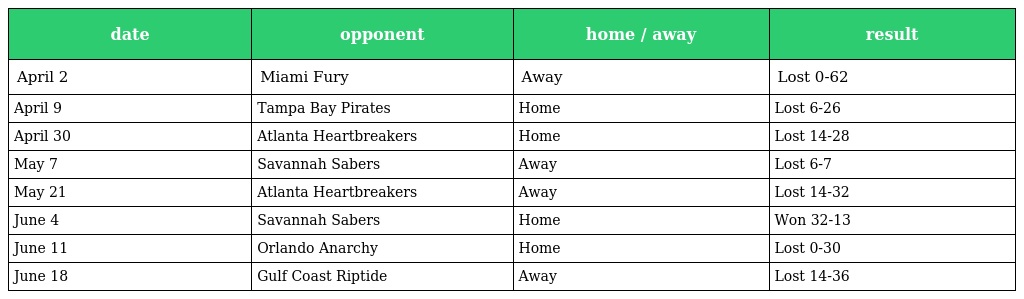
| date | opponent | home / away | result |
 | --- | --- | --- | --- |
 | April 2 | Miami Fury | Away | Lost 0-62 |
 | April 9 | Tampa Bay Pirates | Home | Lost 6-26 |
 | April 30 | Atlanta Heartbreakers | Home | Lost 14-28 |
 | May 7 | Savannah Sabers | Away | Lost 6-7 |
 | May 21 | Atlanta Heartbreakers | Away | Lost 14-32 |
 | June 4 | Savannah Sabers | Home | Won 32-13 |
 | June 11 | Orlando Anarchy | Home | Lost 0-30 |
 | June 18 | Gulf Coast Riptide | Away | Lost 14-36 |